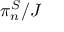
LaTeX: \pi _ { n } ^ { S } / J